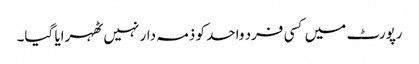
رپورٹ میں کسی فرد واحد کو ذمہ دار نہیں ٹھہرایا گیا۔